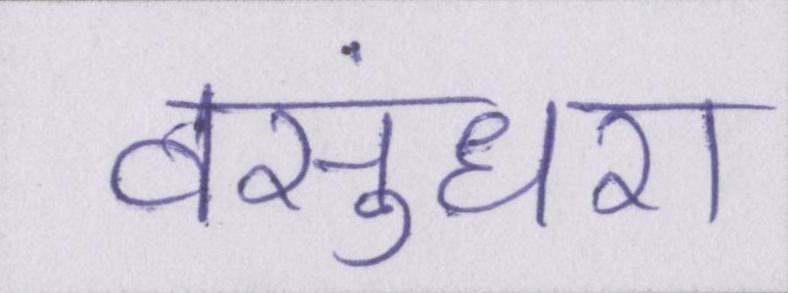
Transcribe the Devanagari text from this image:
वसुंधरा